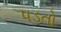
પડતો